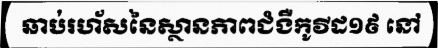
ឆាប់រហ័សនៃស្ថានភាពជំងឺកូវីដ១៩ នៅ